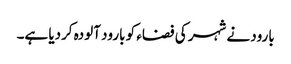
بارود نے شہر کی فضاء کو بارود آلودہ کردیا ہے۔